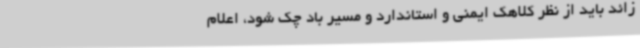
زائد باید از نظر کلاهک ایمنی و استاندارد و مسیر باد چک شود، اعلام